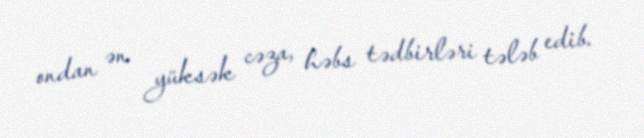
ondan ən yüksək cəza, həbs tədbirləri tələb edib.